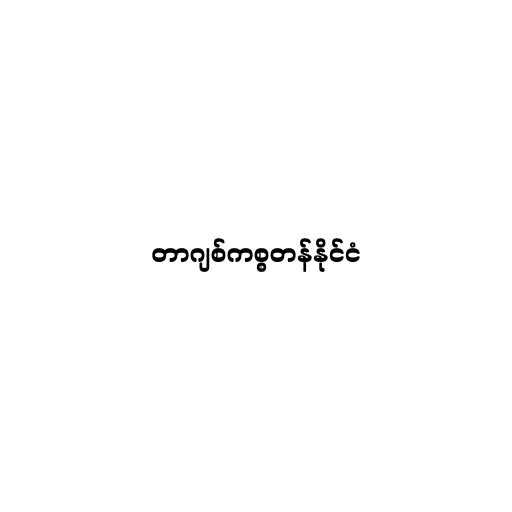
တာဂျစ်ကစ္စတန်နိုင်ငံ